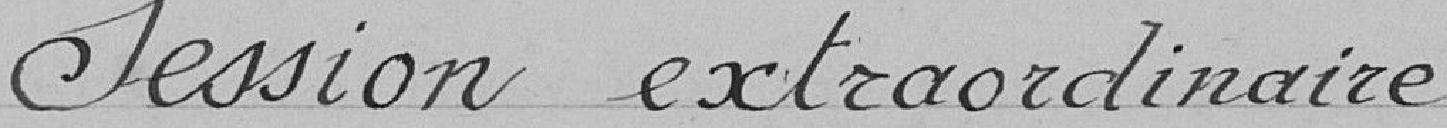
Session extraordinaire